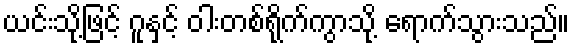
ယင်းသို့ဖြင့် ဂူနှင့် ဝါးတစ်ရိုက်ကွာသို့ ရောက်သွားသည်။